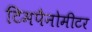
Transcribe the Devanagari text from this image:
टिमपैनोमीटर